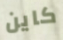
كاين